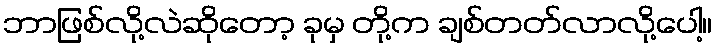
ဘာဖြစ်လို့လဲဆိုတော့ ခုမှ တို့က ချစ်တတ်လာလို့ပေါ့။